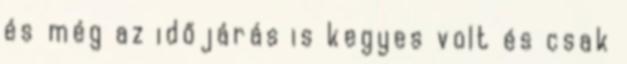
és még az időjárás is kegyes volt és csak